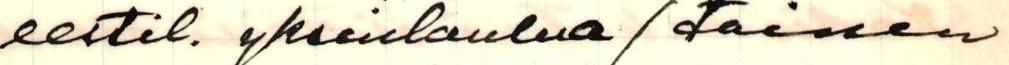
eestil. yksinlaulua (toinen